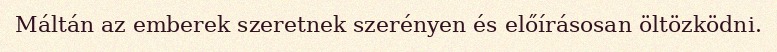
Máltán az emberek szeretnek szerényen és előírásosan öltözködni.